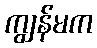
ကျွန်မက